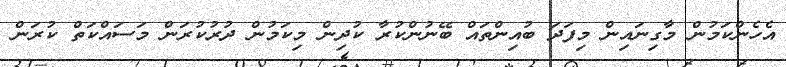
އެހެންކަމުން މާގިނައިން މިފަދަ ބުއިންތައް ބޭނުންކުރާ ކުދިން މިކަމުން ދުރުކުރަން މަސައްކަތް ކުރަން